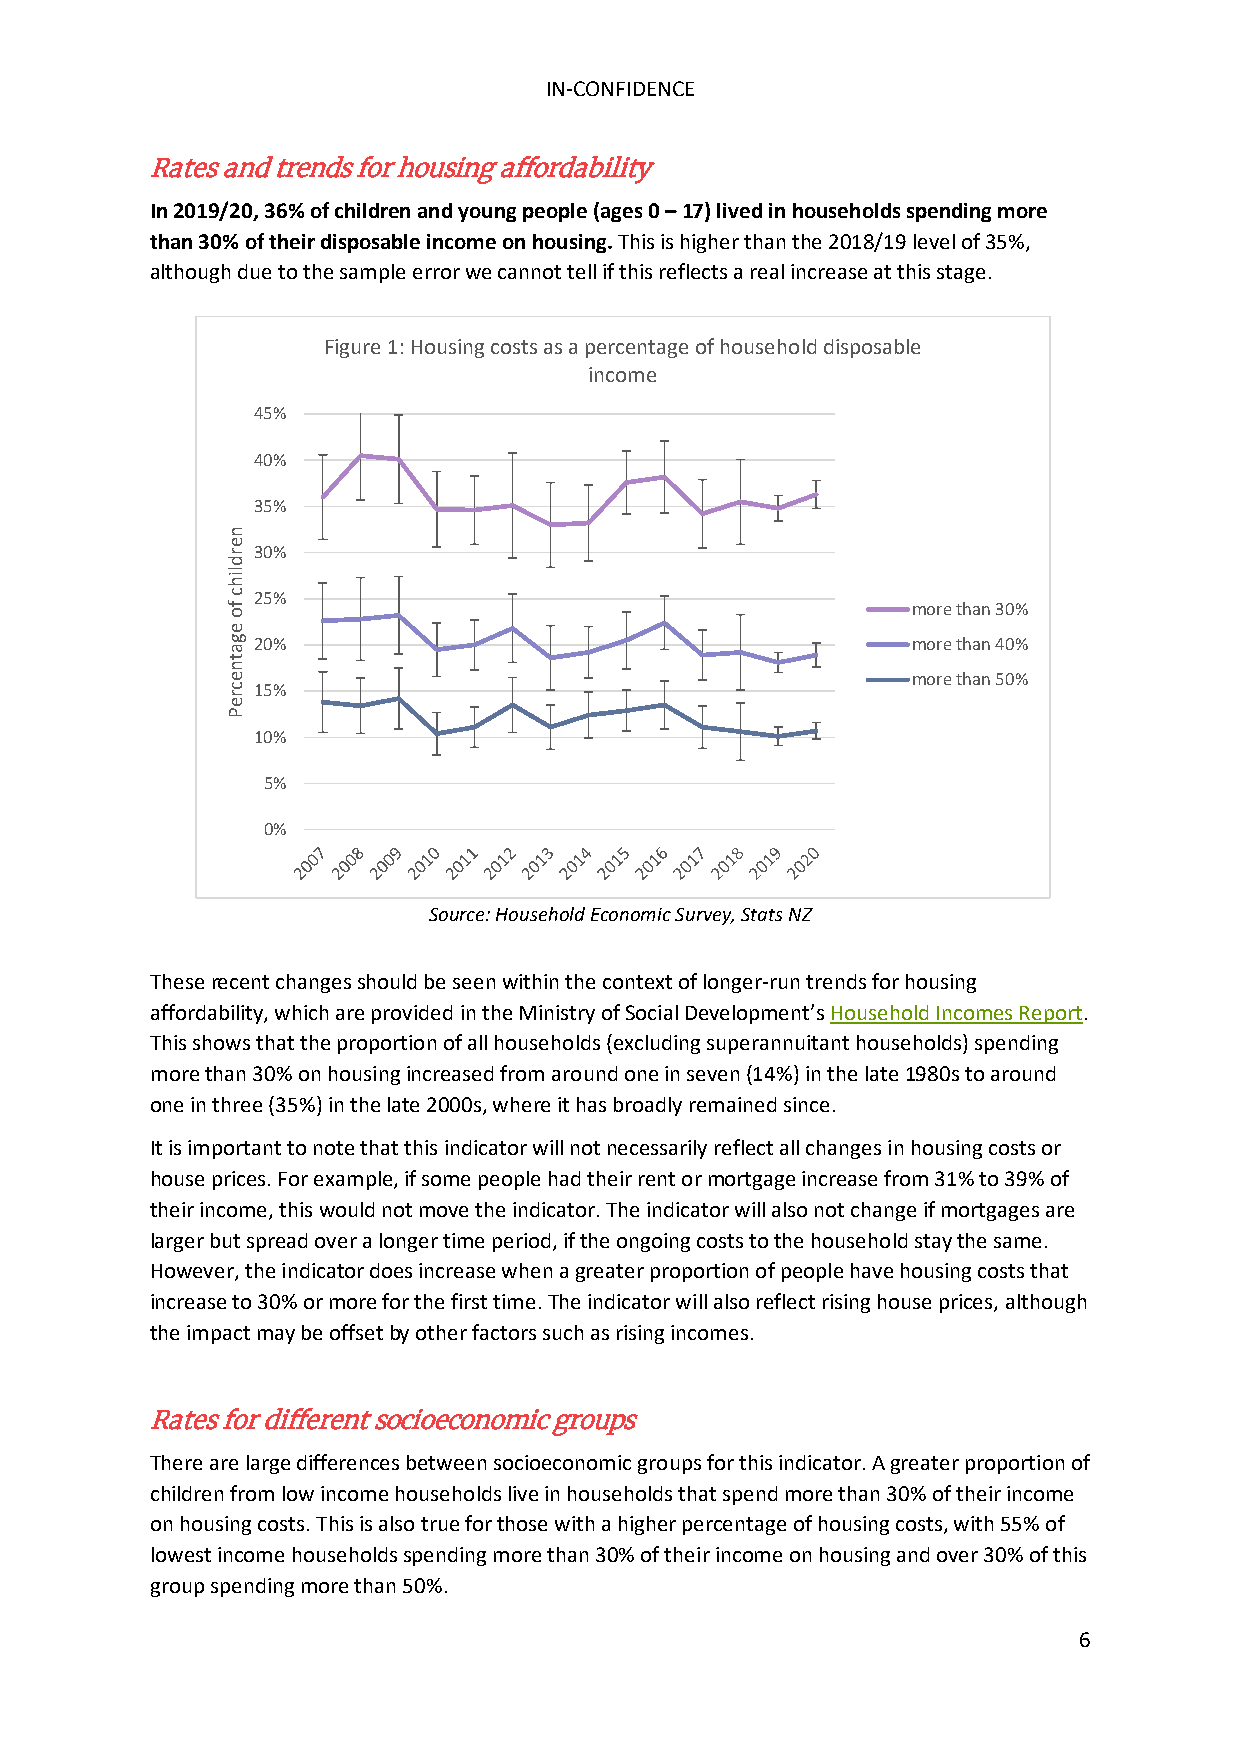
IN-CONFIDENCE
 Rates and trends for housing affordability
 In 2019/20, 36% of children and young people (ages 0 – 17) lived in households spending more
 than 30% of their disposable income on housing. This is higher than the 2018/19 level of 35%,
 although due to the sample error we cannot tell if this reflects a real increase at this stage.
 Figure 1: Housing costs as a percentage of household disposable
 income
 45%
 40%
 35%
 30%
 25%
 more than 30%
 20%                                        more than 40%
 more than 50%
 15%
 10%
 5%
 0%
 Source: Household Economic Survey, Stats NZ
 These recent changes should be seen within the context of longer-run trends for housing
 affordability, which are provided in the Ministry of Social Development’s Household Incomes Report.
 This shows that the proportion of all households (excluding superannuitant households) spending
 more than 30% on housing increased from around one in seven (14%) in the late 1980s to around
 one in three (35%) in the late 2000s, where it has broadly remained since.
 It is important to note that this indicator will not necessarily reflect all changes in housing costs or
 house prices. For example, if some people had their rent or mortgage increase from 31% to 39% of
 their income, this would not move the indicator. The indicator will also not change if mortgages are
 larger but spread over a longer time period, if the ongoing costs to the household stay the same.
 However, the indicator does increase when a greater proportion of people have housing costs that
 increase to 30% or more for the first time. The indicator will also reflect rising house prices, although
 the impact may be offset by other factors such as rising incomes.
 Rates for different socioeconomic groups
 There are large differences between socioeconomic groups for this indicator. A greater proportion of
 children from low income households live in households that spend more than 30% of their income
 on housing costs. This is also true for those with a higher percentage of housing costs, with 55% of
 lowest income households spending more than 30% of their income on housing and over 30% of this
 group spending more than 50%.
 6
 nerdlihc
 fo
 egatnecreP